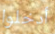
أدخلوا